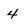
Character: 4